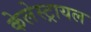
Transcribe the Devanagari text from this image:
केलेस्ट्रायल